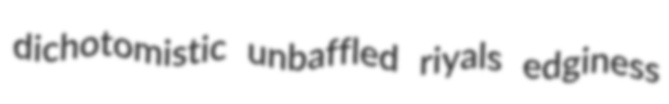
dichotomistic unbaffled riyals edginess